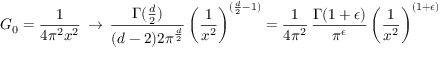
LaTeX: G _ { 0 } = \frac { 1 } { 4 \pi ^ { 2 } x ^ { 2 } } \, \rightarrow \, \frac { \Gamma ( \frac { d } { 2 } ) } { ( d - 2 ) 2 \pi ^ { \frac { d } { 2 } } } \, \biggl ( \frac { 1 } { x ^ { 2 } } \biggr ) ^ { ( \frac { d } { 2 } - 1 ) } = \frac { 1 } { 4 \pi ^ { 2 } } \, \frac { \Gamma ( 1 + \epsilon ) } { \pi ^ { \epsilon } } \, \biggl ( \frac { 1 } { x ^ { 2 } } \biggr ) ^ { ( 1 + \epsilon ) }